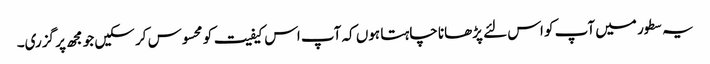
یہ سطور میں آپ کو اس لئے پڑھانا چاہتا ہوں کہ آپ اس کیفیت کو محسوس کر سکیں جو مجھ پر گزری۔